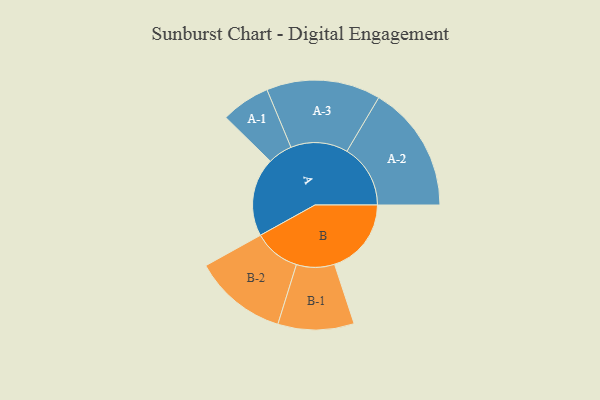
{"axis": {"x": "Segment", "y": "Value"}, "legend": ["", "A", "B"], "data": [{"x": "A", "y": 343, "type": ""}, {"x": "B", "y": 335, "type": ""}, {"x": "A-1", "y": 107, "type": "A"}, {"x": "A-2", "y": 277, "type": "A"}, {"x": "A-3", "y": 249, "type": "A"}, {"x": "B-1", "y": 166, "type": "B"}, {"x": "B-2", "y": 204, "type": "B"}]}